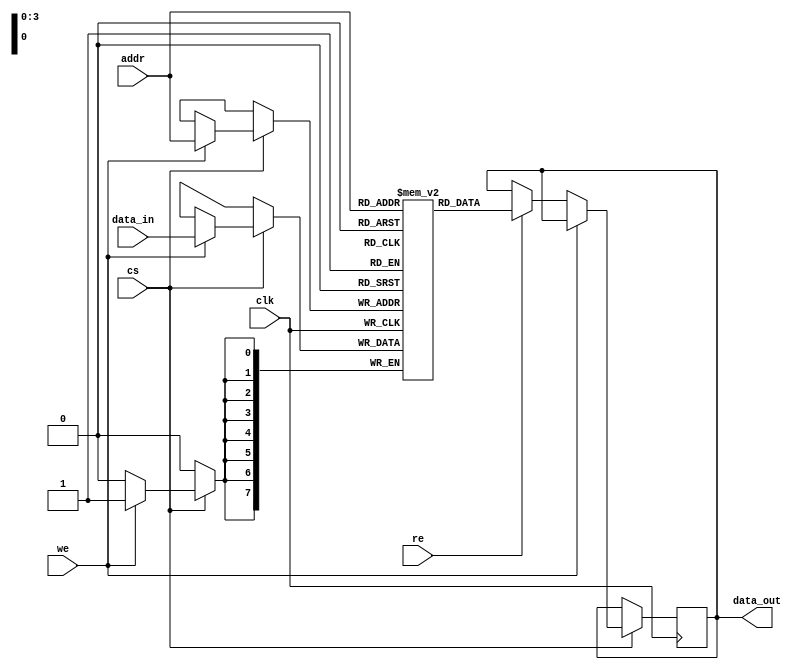
module eSRAM #(parameter N = 16,    // Number of rows
                parameter M = 8,     // Number of columns
                parameter ADDR_WIDTH = 4) // Log2(N)
               (
                input wire clk,            // Clock signal
                input wire cs,             // Chip Select
                input wire we,             // Write Enable
                input wire re,             // Read Enable
                input wire [ADDR_WIDTH-1:0] addr, // Address bus
                input wire [M-1:0] data_in,      // Data input
                output reg [M-1:0] data_out      // Data output
               );

    // Memory array: N rows x M columns (1 bit each)
    reg [M-1:0] memory [0:N-1]; // Declare memory array

    // SRAM read and write operations
    always @(posedge clk) begin
        if (cs) begin  // Check if chip is enabled
            if (we) begin
                // Write operation
                memory[addr] <= data_in; // Write data to memory
            end else if (re) begin
                // Read operation
                data_out <= memory[addr]; // Read data from memory
            end
        end
    end

endmodule